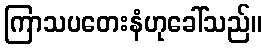
ကြာသပတေးနံဟုခေါ်သည်။